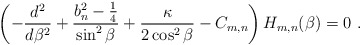
\begin{align*}\left( -\frac{d^{2}}{d\beta ^{2}}+\frac{b_{n}^{2}-\frac{1}{4}}{\sin^{2}\beta }+\frac{\kappa}{2 \cos ^2\beta} -C_{m,n}\right) H_{m,n} (\beta )=0 \ . \end{align*}